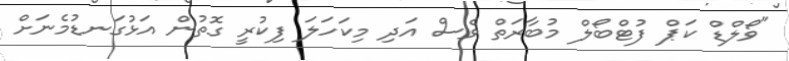
"ވޯލްޑް ކަޕް ފުޓްބޯލް މުބާރަތް ވެސް އަދި މިކަހަލަ ފިކުރީ ގޮތުން އަޅުގަނޑުމެނަށް